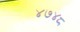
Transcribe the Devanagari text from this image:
४७४८